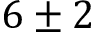
6 \pm 2